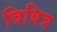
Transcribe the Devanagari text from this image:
विवित्र